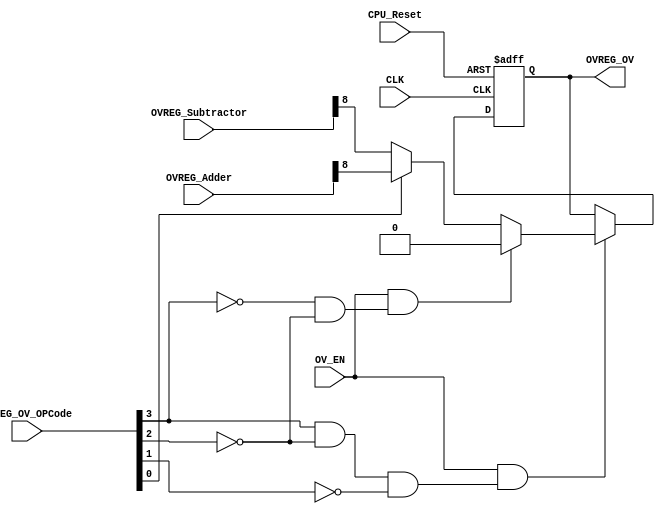
module OV_REG
(
	input wire					CLK,
	input wire					CPU_Reset,
	
	input wire					OV_EN,
	
	input wire		[3:0]	OVREG_OV_OPCode,
	
	input	wire		[8:0] OVREG_Adder,
	input	wire		[8:0] OVREG_Subtractor,

	output reg 					OVREG_OV
);

wire _enable = OV_EN && ( OVREG_OV_OPCode[3] && !OVREG_OV_OPCode[2] && !OVREG_OV_OPCode[1]);
wire _reset  = OV_EN && (!OVREG_OV_OPCode[3] && !OVREG_OV_OPCode[2]);

always @(posedge CLK or posedge CPU_Reset) 
begin
	if(CPU_Reset)
		OVREG_OV <= 0;
	else begin
		if(_enable)
		begin
			if(_reset)
				OVREG_OV <= 0;
			else begin
				if(OVREG_OV_OPCode[0])
					OVREG_OV <= OVREG_Adder[8];
				else
					OVREG_OV <= OVREG_Subtractor[8];
			end
		end
	end
end

//TESTBENCH INIT:
initial begin
	OVREG_OV = 0;
end
	 
endmodule